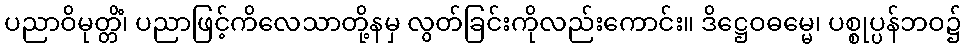
ပညာဝိမုတ္တိံ၊ ပညာဖြင့်ကိလေသာတို့နမှ လွတ်ခြင်းကိုလည်းကောင်း။ ဒိဋ္ဌေဝဓမ္မေ၊ ပစ္စုပ္ပန်ဘဝ၌